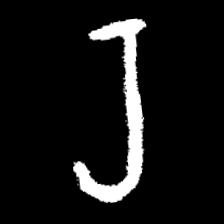
Pyu character \u2014 Myanmar letter: ရ (romanized: ra)